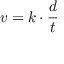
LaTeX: v = k \cdot { \frac { d } { t } }